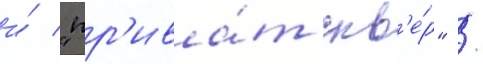
и́ "пр'ива́т скв'е́р" /